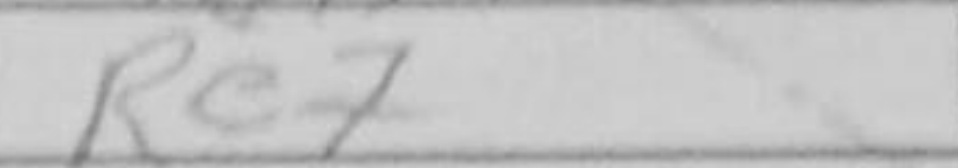
Transcription: Re7